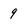
Character: 9